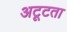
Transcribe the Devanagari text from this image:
अटूटता